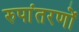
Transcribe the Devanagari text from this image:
रुपांतरणों